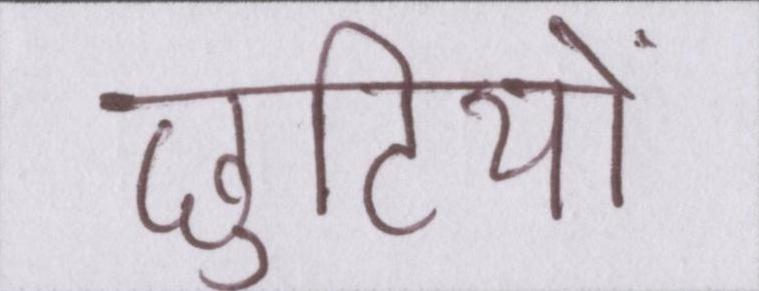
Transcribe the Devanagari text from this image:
छुटियों